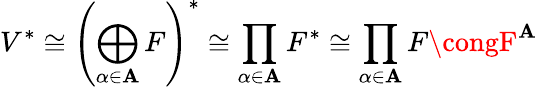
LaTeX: V^{*}\cong\left(\bigoplus_{\alpha\in\mathbf{A}}F\right)^{*}\cong\prod_{\alpha\in\mathbf{A}}F^{*}\cong\prod_{\alpha\in\mathbf{A}}F\congF^{\mathbf{A}}